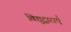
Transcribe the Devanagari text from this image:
विद्युद्वाराएँ